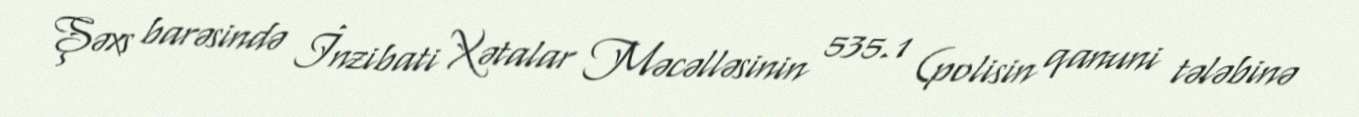
Şəxs barəsində İnzibati Xətalar Məcəlləsinin 535.1 (polisin qanuni tələbinə